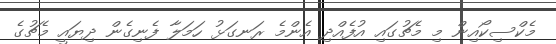
މެކްސިކޯއިން މި މެޗުގައި އުފެއްދި އެންމެ ރަނގަޅު ހަމަލާ ފެނިގެން ދިޔައީ މެޗުގެ